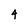
Character: 4